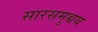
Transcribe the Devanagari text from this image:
सारसमुच्चय